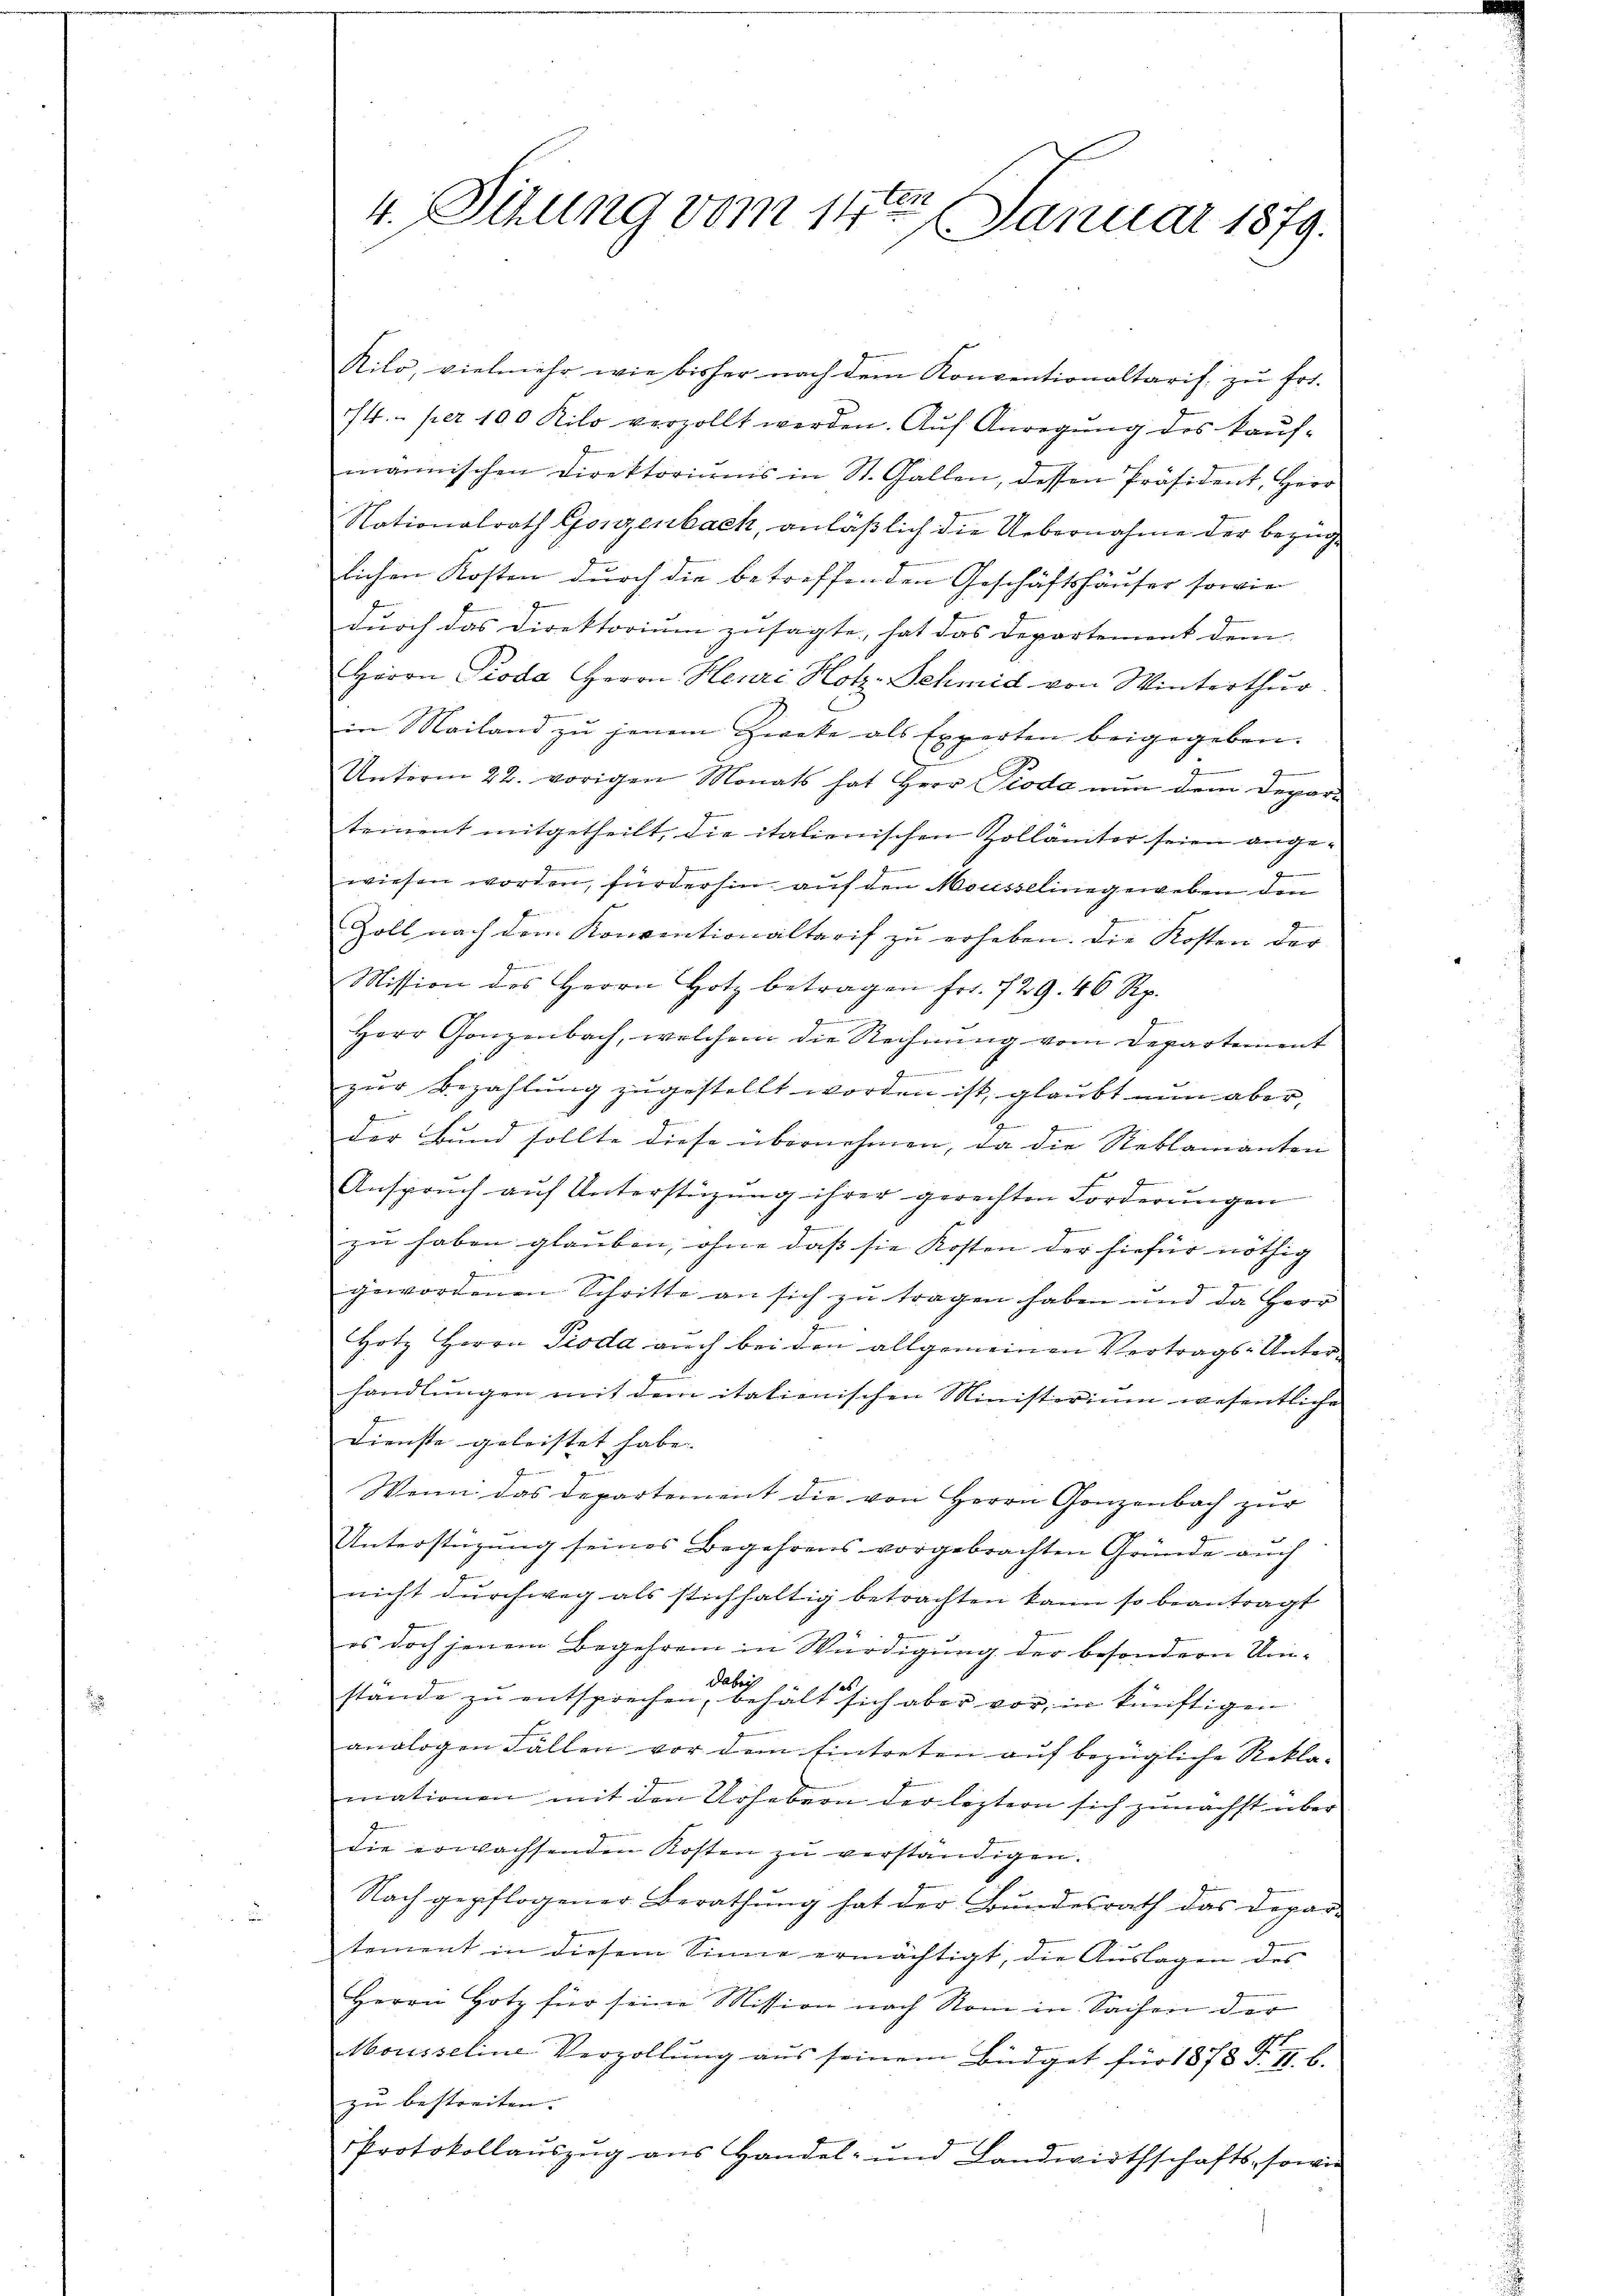
4. Sitzung vom 14ten Januar 1879.

Kilo, vielmehr wie bisher nach dem Konventionaltarif zu frs.
74.- per 100 Kilo verzollt werden. Aŭf Anregŭng des Kaŭf-
mannischen Direktoriŭms in St. Gallen, dessen Präsident, Herr
Nationalrath Gonzenbach, anläßlich die Uebernahme der bezüglichen Kosten durch die betreffenden Geschäftshäuser sowie
durch das Direktorium zusagte, hat das Departement dem
Herrn Pioda Herrn Henri Hotz. Schmid von Winterthur
in Mailand zu jenem Zweke als Experten beigegeben.
.
g
Unterm 22. vorigen Monats hat Herr Pioda nun dem Departement mitgetheilt, die italienischen Zollämter seien angewiesen worden, fürderhin auf den Mousselingeweben den
Zoll nach dem Konventionaltarif zu erheben. Die Kosten der
7
Mission des Herrn Hotz betragen fr. 729. 46 Rp.
Herr Ganzenbach, welchem die Rechnung vom Departement
.
zŭr Bezahlŭng zŭgestellt worden ist, glaubt nun aber,
e
der Bund sollte diese übernehmen, da die Reklamanten
Anspruch aŭf Unterstützŭng ihrer gerechten Forderŭngen
zu haben glauben, ohne dass sie Kosten der hiefür nöthig |
gewordenen Schritte an sich zu tragen haben und da Herr
Hotz Herrn Pioda auch bei den allgemeinen Vertrags-Unterhandlungen mit dem italienischen Ministerium wesentliche
Dienste geleistet habe.
Wenn das Departement die von Herrn Gonzenbach zŭr
Unterstüzung seines Begehrens vorgebrachten Gründe auch
nicht durchweg als stichhaltig betrachten kann so beantragt
es doch jenem Begehren in Würdigung der besondern Uni-
dabei
stande zŭ entsprechen, behält sich aber vor, in künftigen
analogen Fällen vor dem Eintreten auf bezügliche Reklamationen mit den Urhebern der leztern sich zunächst über
die erwachsenden Kosten zu verständigen.
Nach gepflogener Berathung hat der Bundesrath das Depar-
tement in diesem Sinne ermächtigt, die Auslagen des
Herrn Hotz für seine Mission nach Nom in Sachen der
Mousseline Verzollŭng aŭs seinem Büdget für 1878 F. II. b.
zu bestreiten. |
Protokollauszug aus Handel- und Landwirthschafts- sowie